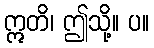
ဣတိ၊ ဤသို့။ ပ။